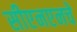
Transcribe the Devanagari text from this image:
सीएनएनचे